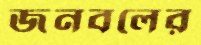
জনবলের